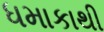
ધમાકાથી